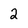
Character: 2